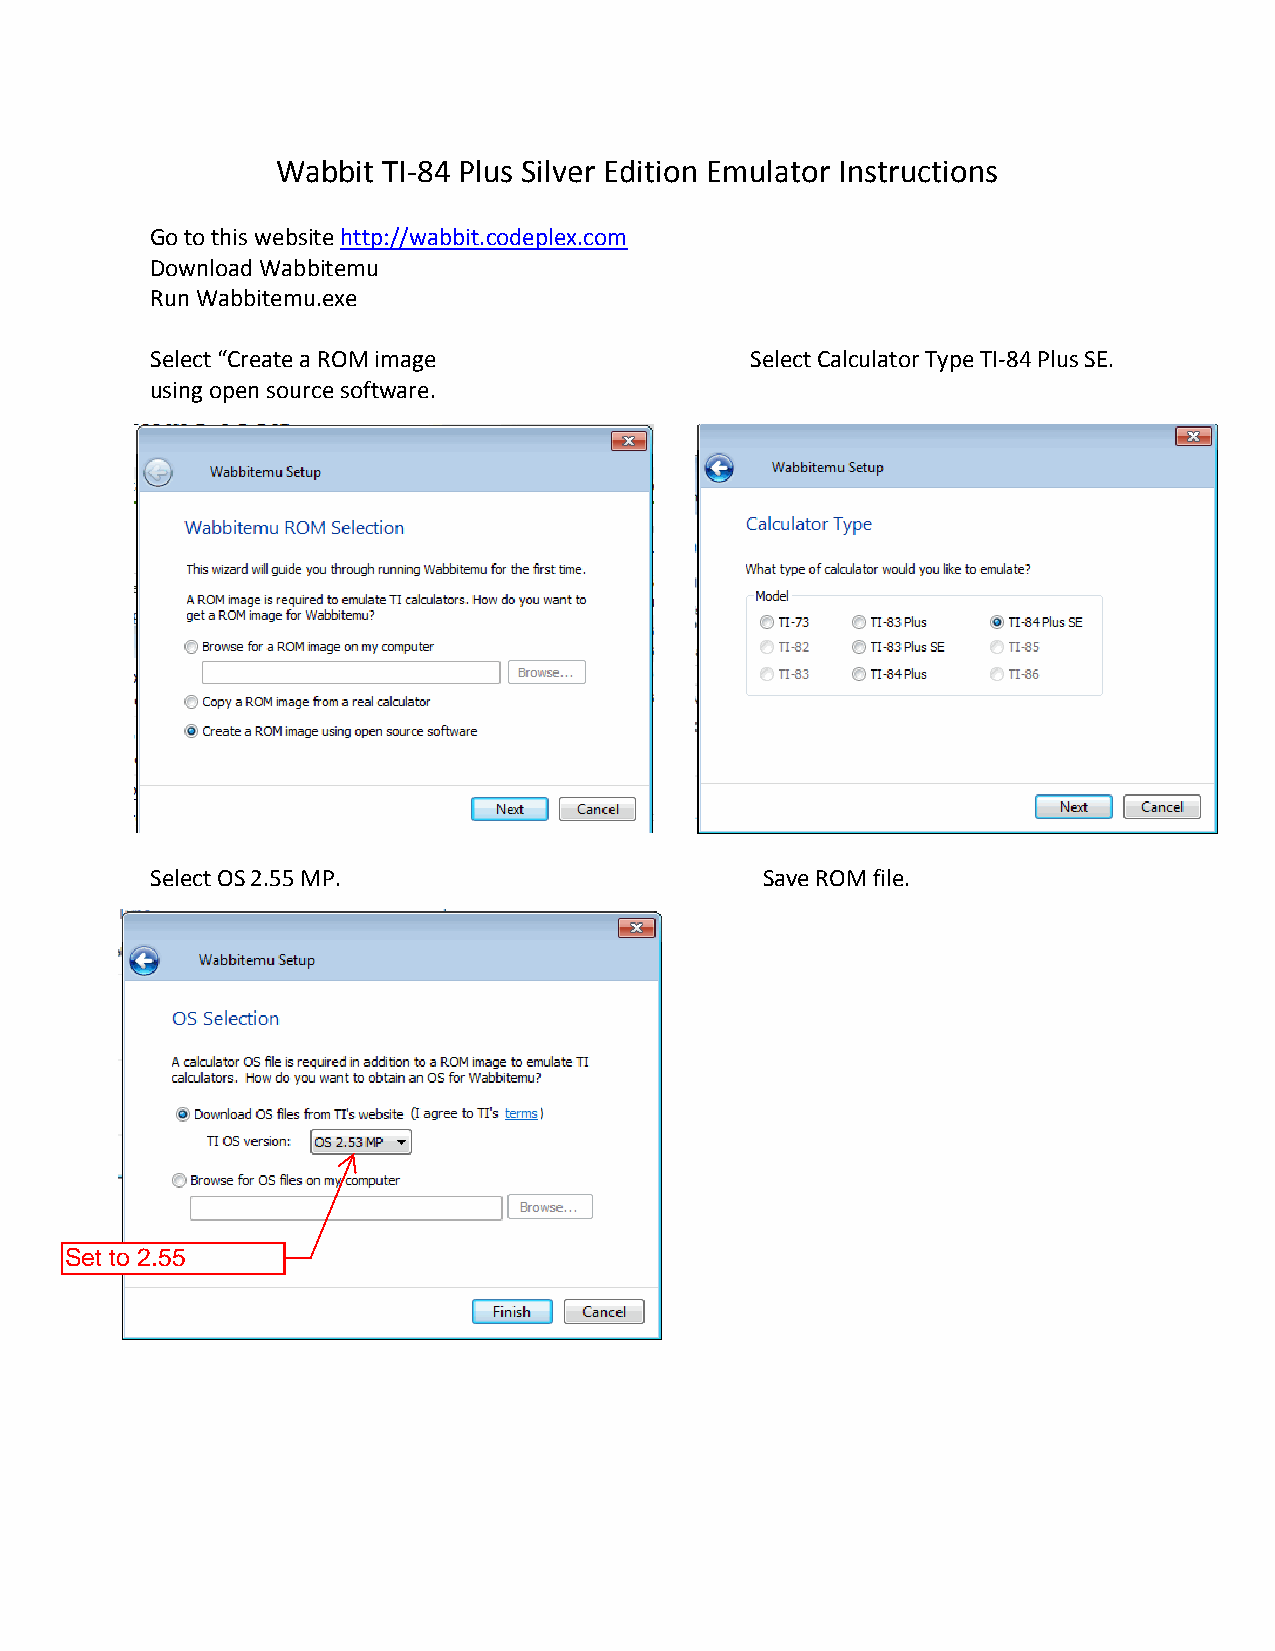
Wabbit TI-84 Plus Silver Edition Emulator Instructions
 Go to this website http://wabbit.codeplex.com
 Download Wabbitemu
 Run Wabbitemu.exe
 Select “Create a ROM image              Select Calculator Type TI-84 Plus SE.
 using open source software.
 Select OS 2.55 MP.                       Save ROM file.